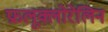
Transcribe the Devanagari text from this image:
फ्रलूक्लोरेलिन